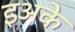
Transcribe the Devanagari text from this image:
इअके